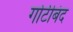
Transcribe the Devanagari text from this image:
गोटीबंद